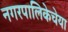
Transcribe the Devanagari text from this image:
नगरपालिकेचेया